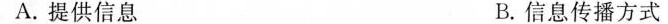
A. 提供信息 B. 信息传播方式